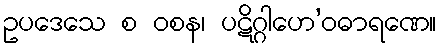
ဥပဒေသေ စ ဝစန၊ ပဋိဂ္ဂါဟေ’ဝဓာရဏေ။